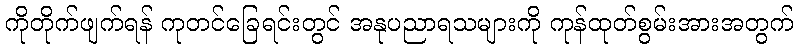
ကိုတိုက်ဖျက်ရန် ကုတင်ခြေရင်းတွင် အနုပညာရသများကို ကုန်ထုတ်စွမ်းအားအတွက်